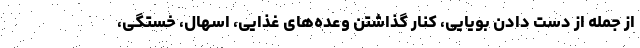
از جمله از دست دادن بویایی، کنار گذاشتن وعده‌های غذایی، اسهال، خستگی،